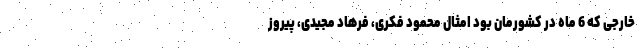
خارجی که 6 ماه در کشورمان بود امثال محمود فکری، فرهاد مجیدی، پیروز